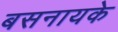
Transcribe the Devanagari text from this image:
बसनायके